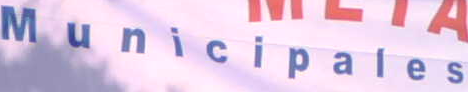
Municipales